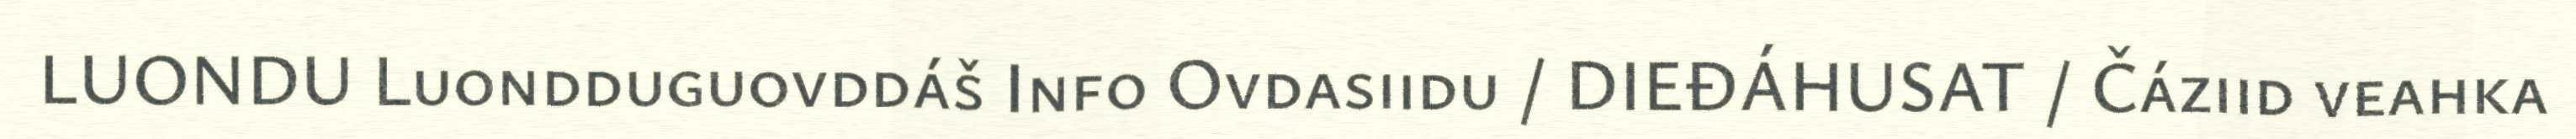
LUONDU Luondduguovddáš Info Ovdasiidu / DIEĐÁHUSAT / Čáziid veahka